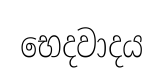
භෙදවාදය